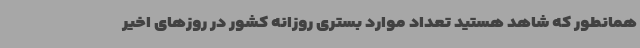
همانطور که شاهد هستید تعداد موارد بستری روزانه کشور در روزهای اخیر